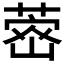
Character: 𮐗